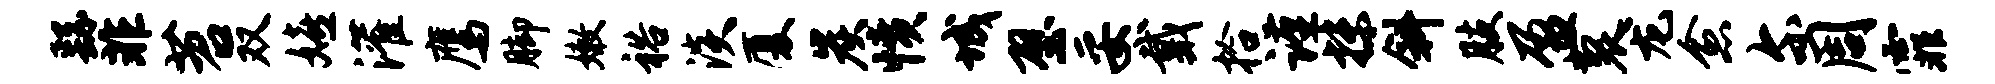
繇非苕双嬉灌鹰脚嫩裕淡厦炭愤城壁妥戴拾谨抹斜肢盈裂龙愈尔周霏